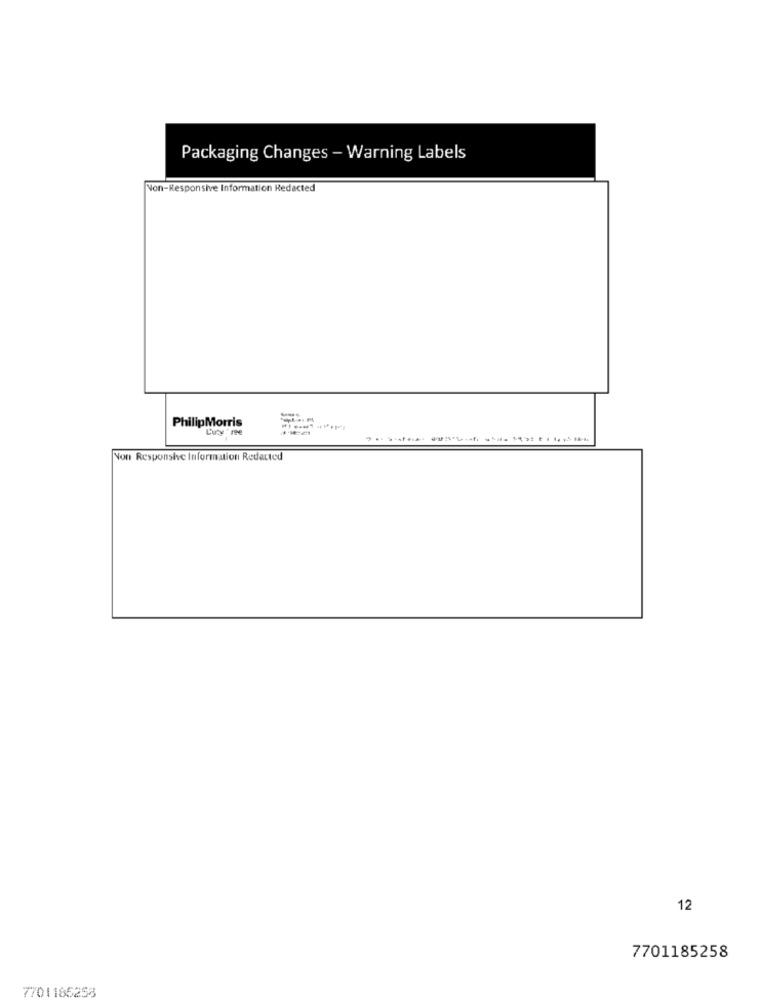
Packaging Changes - Warning Labels
Non-Responsive Information Redacted
PhilipMorris
Luty'me
Non Responsive Information Redacted
12
7701185258
7701166258